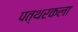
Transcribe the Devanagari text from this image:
पत्थरकला